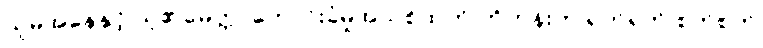
သူမအနေနှင့် သူ၏မေတ္တာတောင်းခံမှုအသစ်ထက် ဟိုတုန်းက ရက်ရက် စက်စက်